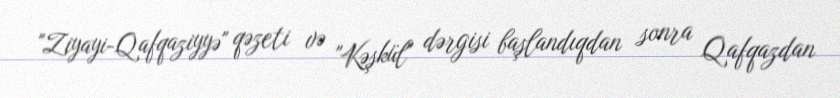
"Ziyayi-Qafqaziyyə" qəzeti və "Kəşkül" dərgisi başlandıqdan sonra Qafqazdan